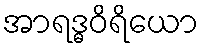
အာရဒ္ဓဝိရိယော